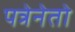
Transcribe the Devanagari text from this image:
पत्रेनेतो